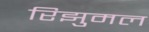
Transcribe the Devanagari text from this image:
रिझुमल